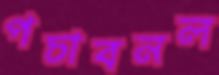
পচাবনল